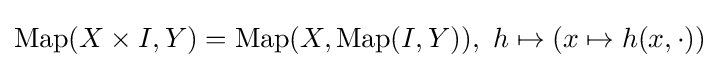
\operatorname {Map} (X\times I,Y)=\operatorname {Map} (X,\operatorname {Map} (I,Y)),\,\,h\mapsto (x\mapsto h(x,\cdot ))